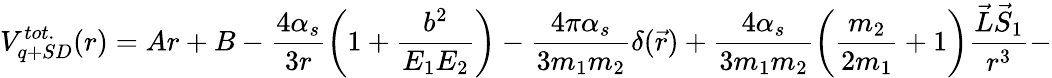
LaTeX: V_{q+SD}^{tot.}(r)=Ar+B-\frac{4\alpha_{s}}{3r}\left(1+\frac{b^{2}}{E_{1}E_{2}}\right)-\frac{4\pi\alpha_{s}}{3m_{1}m_{2}}\delta(\vec{r})+\frac{4\alpha_{s}}{3m_{1}m_{2}}\left(\frac{m_{2}}{2m_{1}}+1\right)\frac{\vec{L}\vec{S}_{1}}{r^{3}}-